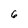
Character: 6